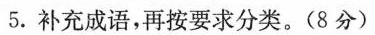
5.补充成语，再按要求分类。(8分)